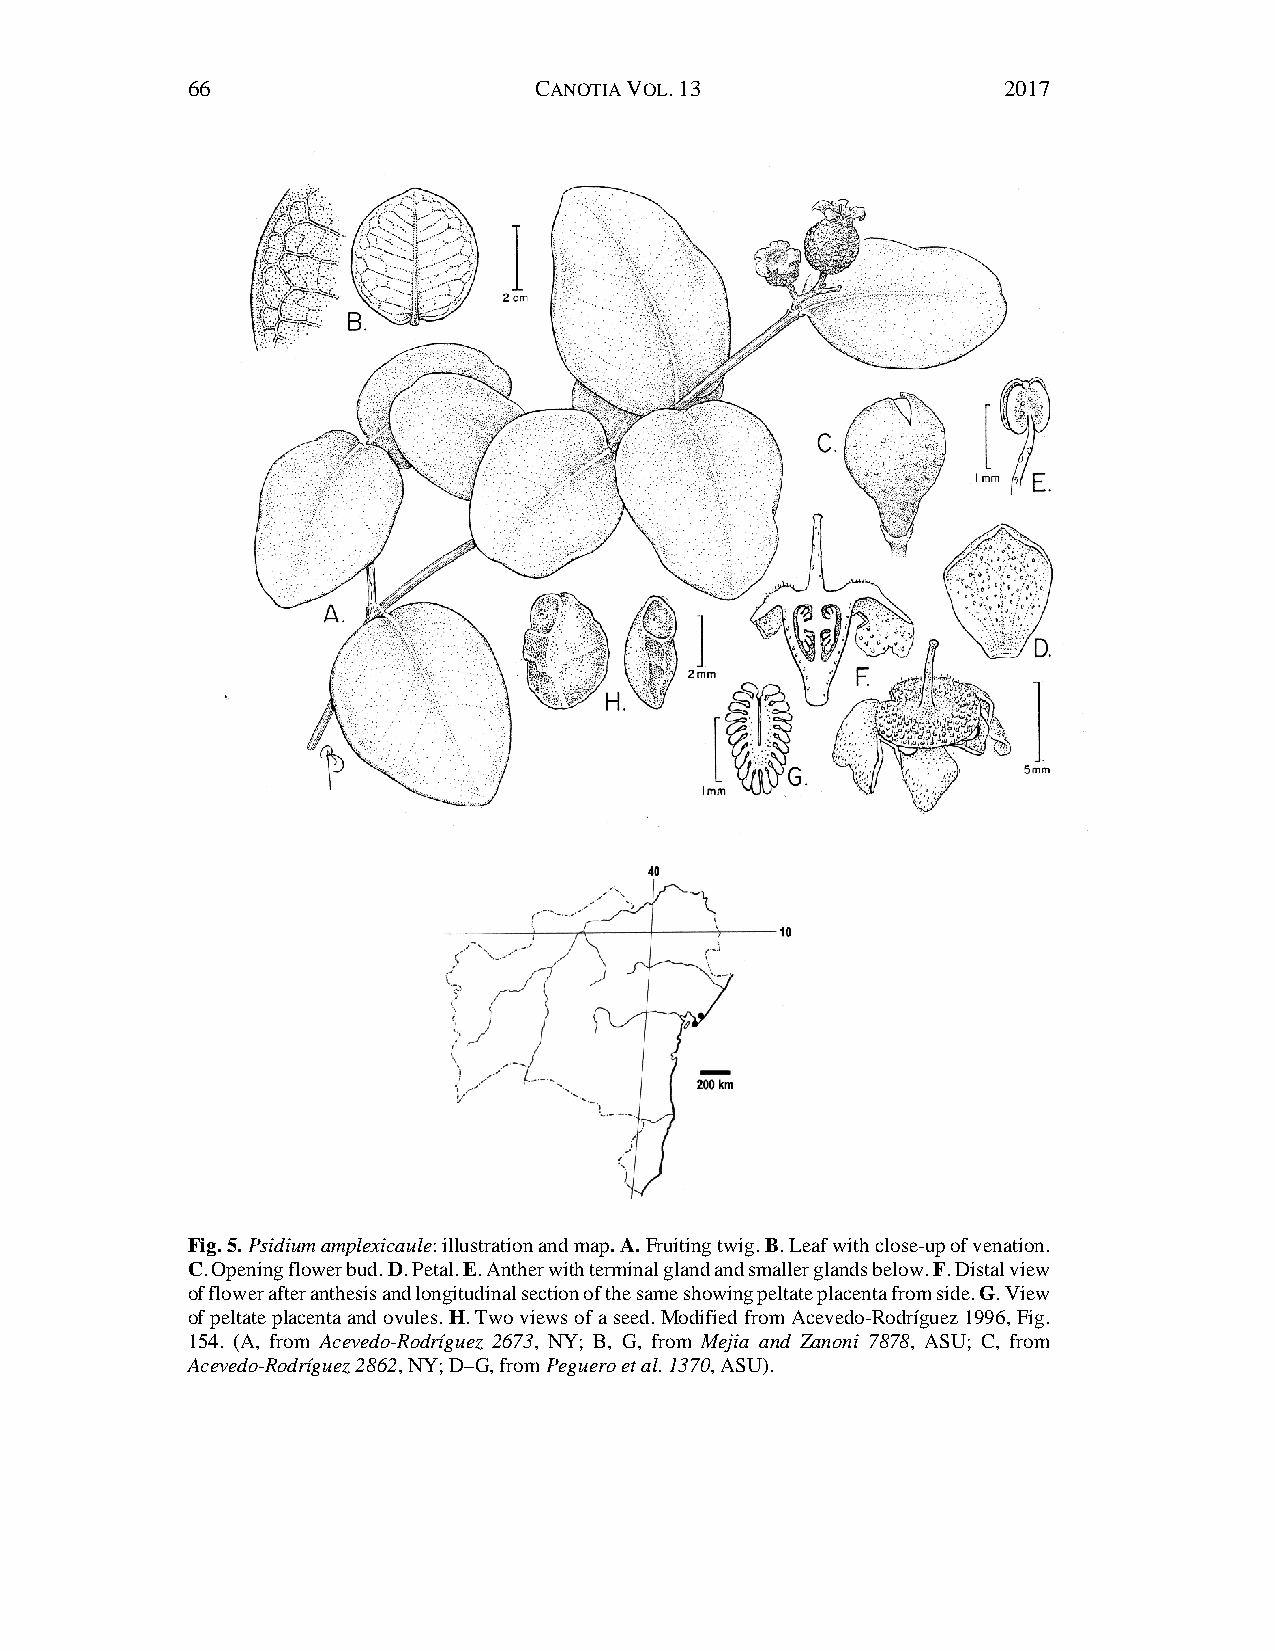
66                     CANOTIA VOL. 13                2017
 Fig. 5. Psidium amplexicaule: illustration and map. A. Fruiting twig. B. Leaf with close-up of venation.
 C. Opening flower bud. D. Petal. E. Anther with terminal gland and smaller glands below. F. Distal view
 of flower after anthesis and longitudinal section of the same showing peltate placenta from side. G. View
 of peltate placenta and ovules. H. Two views of a seed. Modified from Acevedo-Rodríguez 1996, Fig.
 154. (A, from Acevedo-Rodríguez 2673, NY; B, G, from Mejia and Zanoni 7878, ASU; C, from
 Acevedo-Rodríguez 2862, NY; D–G, from Peguero et al. 1370, ASU).